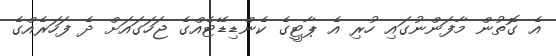
އެ ގޮތުން މާފަންނުގައި ހުރި އެ ޕާޓީގެ ކެންޑިޑޭޓެއްގެ ޖަހަގައަށް ދެ ފަހަރެއްގެ